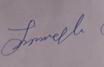
Signature authenticity: genuine